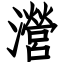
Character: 瀯